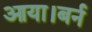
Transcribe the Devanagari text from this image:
आया।बर्न